Indian journal of veterinary science and animal husbandry - Volume 4,
Year: 1934
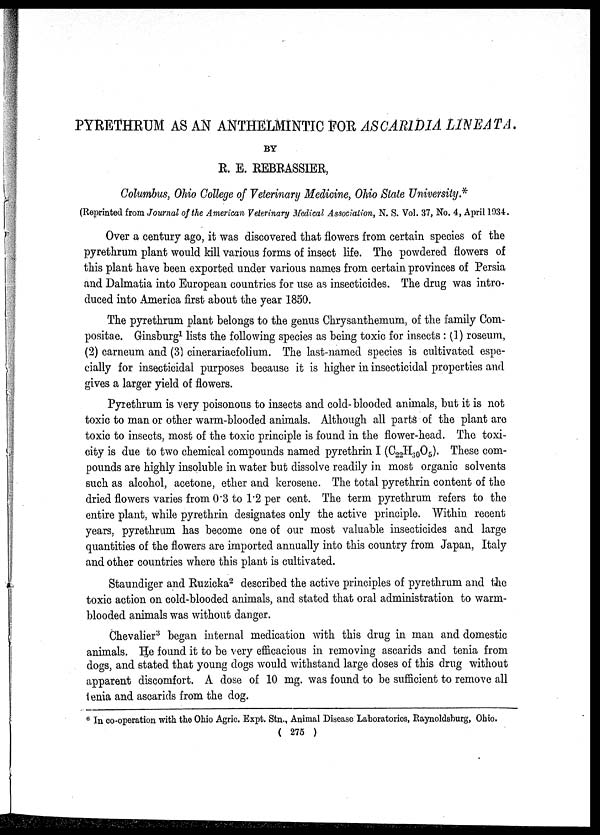
PYRETHRUM AS AN ANTHELMINTIC FOR ASCARIDIA LINEATA.
BY
R. E. REBRASSIER,
Columbus, Ohio College of Veterinary Medicine, Ohio State University.*
(Reprinted from Journal of the American Veterinary Medical Association, N. S. Vol. 37, No. 4, April 1934.
Over a century ago, it was discovered that flowers from certain species of the
pyrethrum plant would kill various forms of insect life. The powdered flowers of
this plant have been exported under various names from certain provinces of Persia
and Dalmatia into European countries for use as insecticides. The drug was intro-
duced into America first about the year 1850.
The pyrethrum plant belongs to the genus Chrysanthemum, of the family Com-
positae. Ginsburg 1 lists the following species as being toxic for insects : (1) roseum,
(2) carneum and (3) cinerariaefolium. The last-named species is cultivated espe-
cially for insecticidal purposes because it is higher in insecticidal properties and
gives a larger yield of flowers.
Pyrethrum is very poisonous to insects and cold-blooded animals, but it is not
toxic to man or other warm-blooded animals. Although all parts of the plant are
toxic to insects, most of the toxic principle is found in the flower-head. The toxi-
city is due to two chemical compounds named pyrethrin I (C 22 H 30 O 5 ). These com-
pounds are highly insoluble in water but dissolve readily in most organic solvents
such as alcohol, acetone, ether and kerosene. The total pyrethrin content of the
dried flowers varies from 0.3 to 1.2 per cent. The term pyrethrum refers to the
entire plant, while pyrethrin designates only the active principle. Within recent
years, pyrethrum has become one of our most valuable insecticides and large
quantities of the flowers are imported annually into this country from Japan, Italy
and other countries where this plant is cultivated.
Staundiger and Ruzicka 2 described the active principles of pyrethrum and the
toxic action on cold-blooded animals, and stated that oral administration to warm-
blooded animals was without danger.
Chevalier 3 began internal medication with this drug in man and domestic
animals. He found it to be very efficacious in removing ascarids and tenia from
dogs, and stated that young dogs would withstand large doses of this drug without
apparent discomfort. A dose of 10 mg. was found to be sufficient to remove all
tenia and ascarids from the dog.
* In co-operation with the Ohio Agric. Expt. Stn., Animal Disease Laboratories, Raynoldsburg, Ohio.
( 275 )